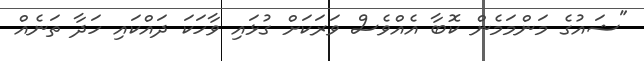
"ޝައުގެ މަންމަމެން ކޮބާ އެއްވެސް ވަރަކަށް ގުޅައި ވާހަކަ ދައްކައި ހަދާ ތަނެއް